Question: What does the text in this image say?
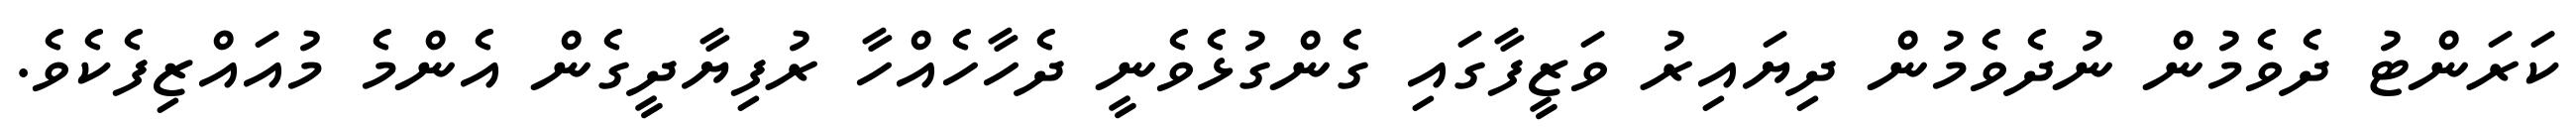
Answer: ކަރަންޓު ދެވެމުން ނުދެވެމުން ދިޔައިރު ވަޒީފާގައި ގެންގުޅެވެނީ ދެހާހެއްހާ ރުފިޔާދީގެން އެންމެ މުއައްޒިފެކެވެ.